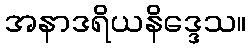
အနာဒရိယနိဒ္ဒေသ။